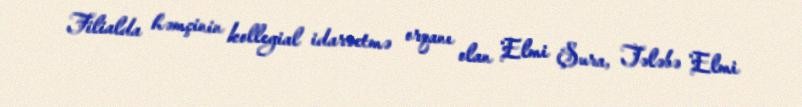
Filialda həmçinin kollegial idarəetmə orqanı olan Elmi Şura, Tələbə Elmi